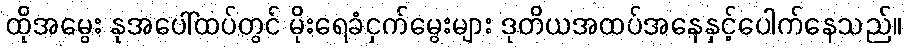
ထိုအမွေး နုအပေါ်ထပ်တွင် မိုးရေခံငှက်မွေးများ ဒုတိယအထပ်အနေနှင့်ပေါက်နေသည်။